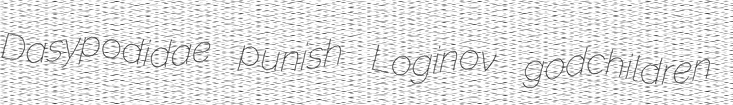
Dasypodidae punish Loginov godchildren